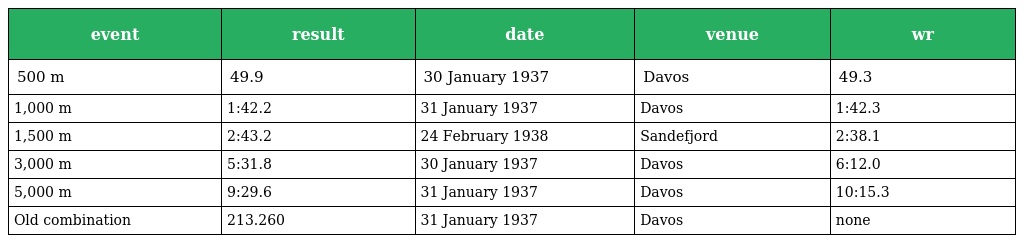
| event | result | date | venue | wr |
 | --- | --- | --- | --- | --- |
 | 500 m | 49.9 | 30 January 1937 | Davos | 49.3 |
 | 1,000 m | 1:42.2 | 31 January 1937 | Davos | 1:42.3 |
 | 1,500 m | 2:43.2 | 24 February 1938 | Sandefjord | 2:38.1 |
 | 3,000 m | 5:31.8 | 30 January 1937 | Davos | 6:12.0 |
 | 5,000 m | 9:29.6 | 31 January 1937 | Davos | 10:15.3 |
 | Old combination | 213.260 | 31 January 1937 | Davos | none |